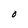
Character: O